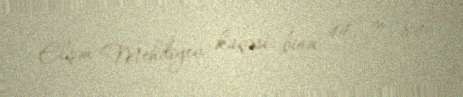
Elşən Mehdiyev küçəsi, bina 44, m. 84